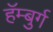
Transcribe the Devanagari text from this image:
हॅम्बुर्ग